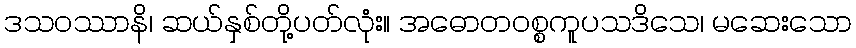
ဒသဝဿာနိ၊ ဆယ်နှစ်တို့ပတ်လုံး။ အဓောတဝစ္စကူပသဒိသေ၊ မဆေးသော